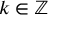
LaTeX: k \in \mathbb { Z }